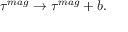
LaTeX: \tau ^ { m a g } \rightarrow \tau ^ { m a g } + b .